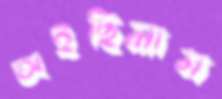
অইছিলাম